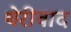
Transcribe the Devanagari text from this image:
थेरीवाद